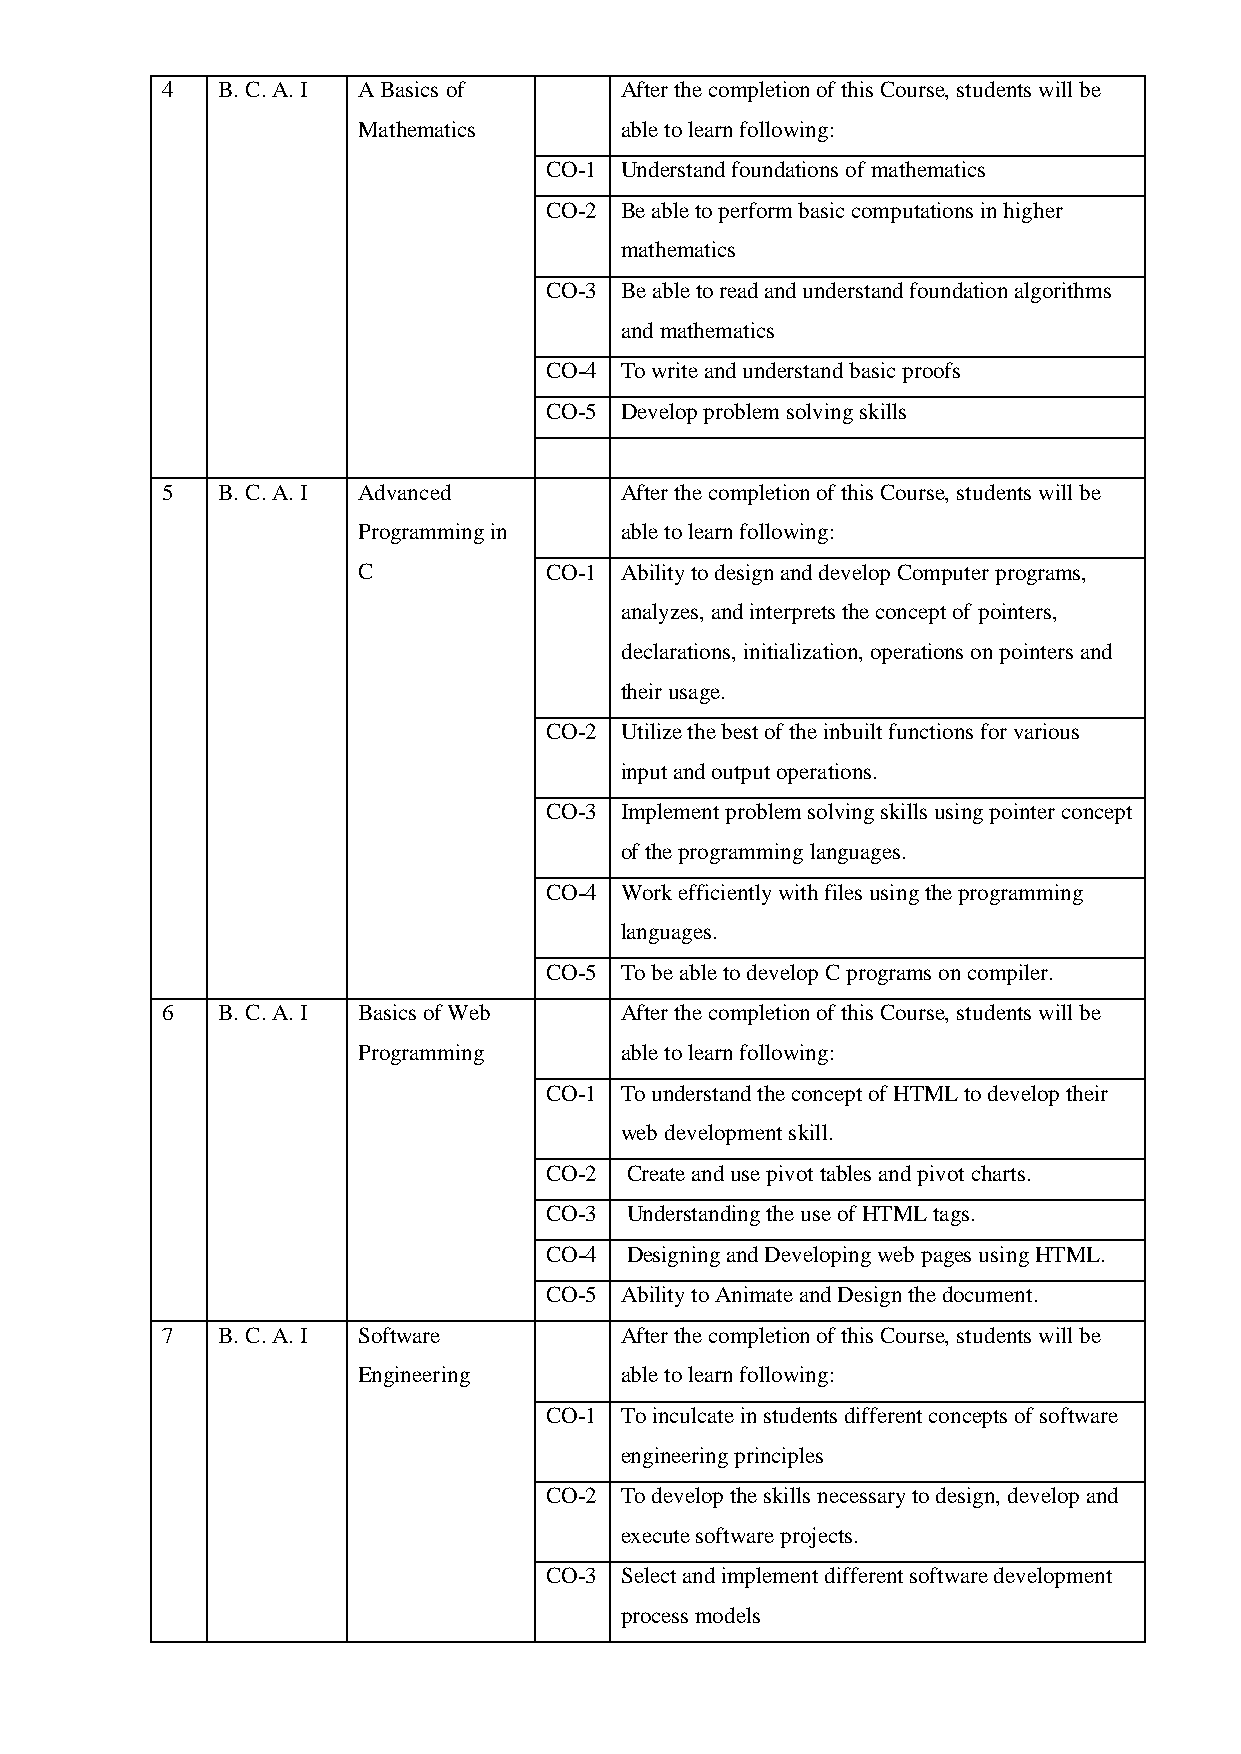
4  B. C. A. I A Basics of     After the completion of this Course, students will be
 Mathematics      able to learn following:
 CO-1 Understand foundations of mathematics
 CO-2 Be able to perform basic computations in higher
 mathematics
 CO-3 Be able to read and understand foundation algorithms
 and mathematics
 CO-4 To write and understand basic proofs
 CO-5 Develop problem solving skills
 5  B. C. A. I Advanced        After the completion of this Course, students will be
 Programming in   able to learn following:
 C           CO-1 Ability to design and develop Computer programs,
 analyzes, and interprets the concept of pointers,
 declarations, initialization, operations on pointers and
 their usage.
 CO-2 Utilize the best of the inbuilt functions for various
 input and output operations.
 CO-3 Implement problem solving skills using pointer concept
 of the programming languages.
 CO-4 Work efficiently with files using the programming
 languages.
 CO-5 To be able to develop C programs on compiler.
 6  B. C. A. I Basics of Web   After the completion of this Course, students will be
 Programming      able to learn following:
 CO-1 To understand the concept of HTML to develop their
 web development skill.
 CO-2 Create and use pivot tables and pivot charts.
 CO-3 Understanding the use of HTML tags.
 CO-4 Designing and Developing web pages using HTML.
 CO-5 Ability to Animate and Design the document.
 7  B. C. A. I Software        After the completion of this Course, students will be
 Engineering      able to learn following:
 CO-1 To inculcate in students different concepts of software
 engineering principles
 CO-2 To develop the skills necessary to design, develop and
 execute software projects.
 CO-3 Select and implement different software development
 process models